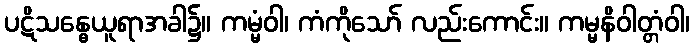
ပဋိသန္ဓေယူရာအခါ၌။ ကမ္မံဝါ၊ ကံကိုသော် လည်းကောင်း။ ကမ္မနိဝါတ္တံဝါ၊